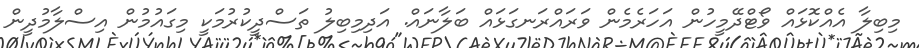
މިބިލާ އެއްކޮޅައް ވޯޓްދޭމީހުން އަހަރެމެން ވަރައްރަނގަޅައް ބަލާނައް. އަދިމިބިލު ތަސްދީކުރުމަކީ މިގައުމުން އިސްލާމުދީން